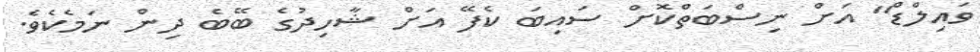
ވައިލްޑް" އަށް ނިސްބަތްކޮށް ސައިބަ ކެފޭ އަށް ޝާހިދުގެ ބޭބެ ދިން ނަމެކެވެ.